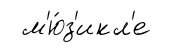
м'ю́з'икл'е